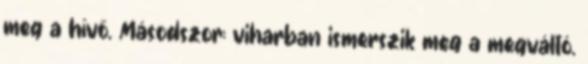
meg a hívő. Másodszor: viharban ismerszik meg a megváltó.